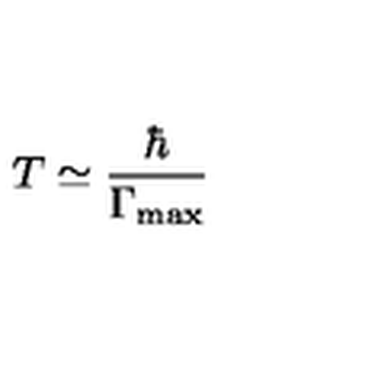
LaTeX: T \simeq \frac \hbar { \Gamma _ { \max } }